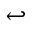
\hookleftarrow